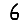
Digit: 6